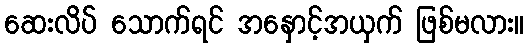
ဆေးလိပ် သောက်ရင် အနှောင့်အယှက် ဖြစ်မလား။